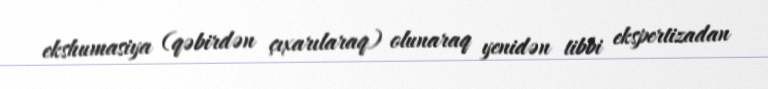
ekshumasiya (qəbirdən çıxarılaraq) olunaraq yenidən tibbi ekspertizadan